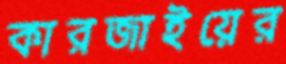
কারজাইয়ের